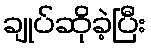
ချုပ်ဆိုခဲ့ပြီး